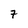
Character: 7